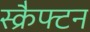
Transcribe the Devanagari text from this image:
स्क्रैफ्टन